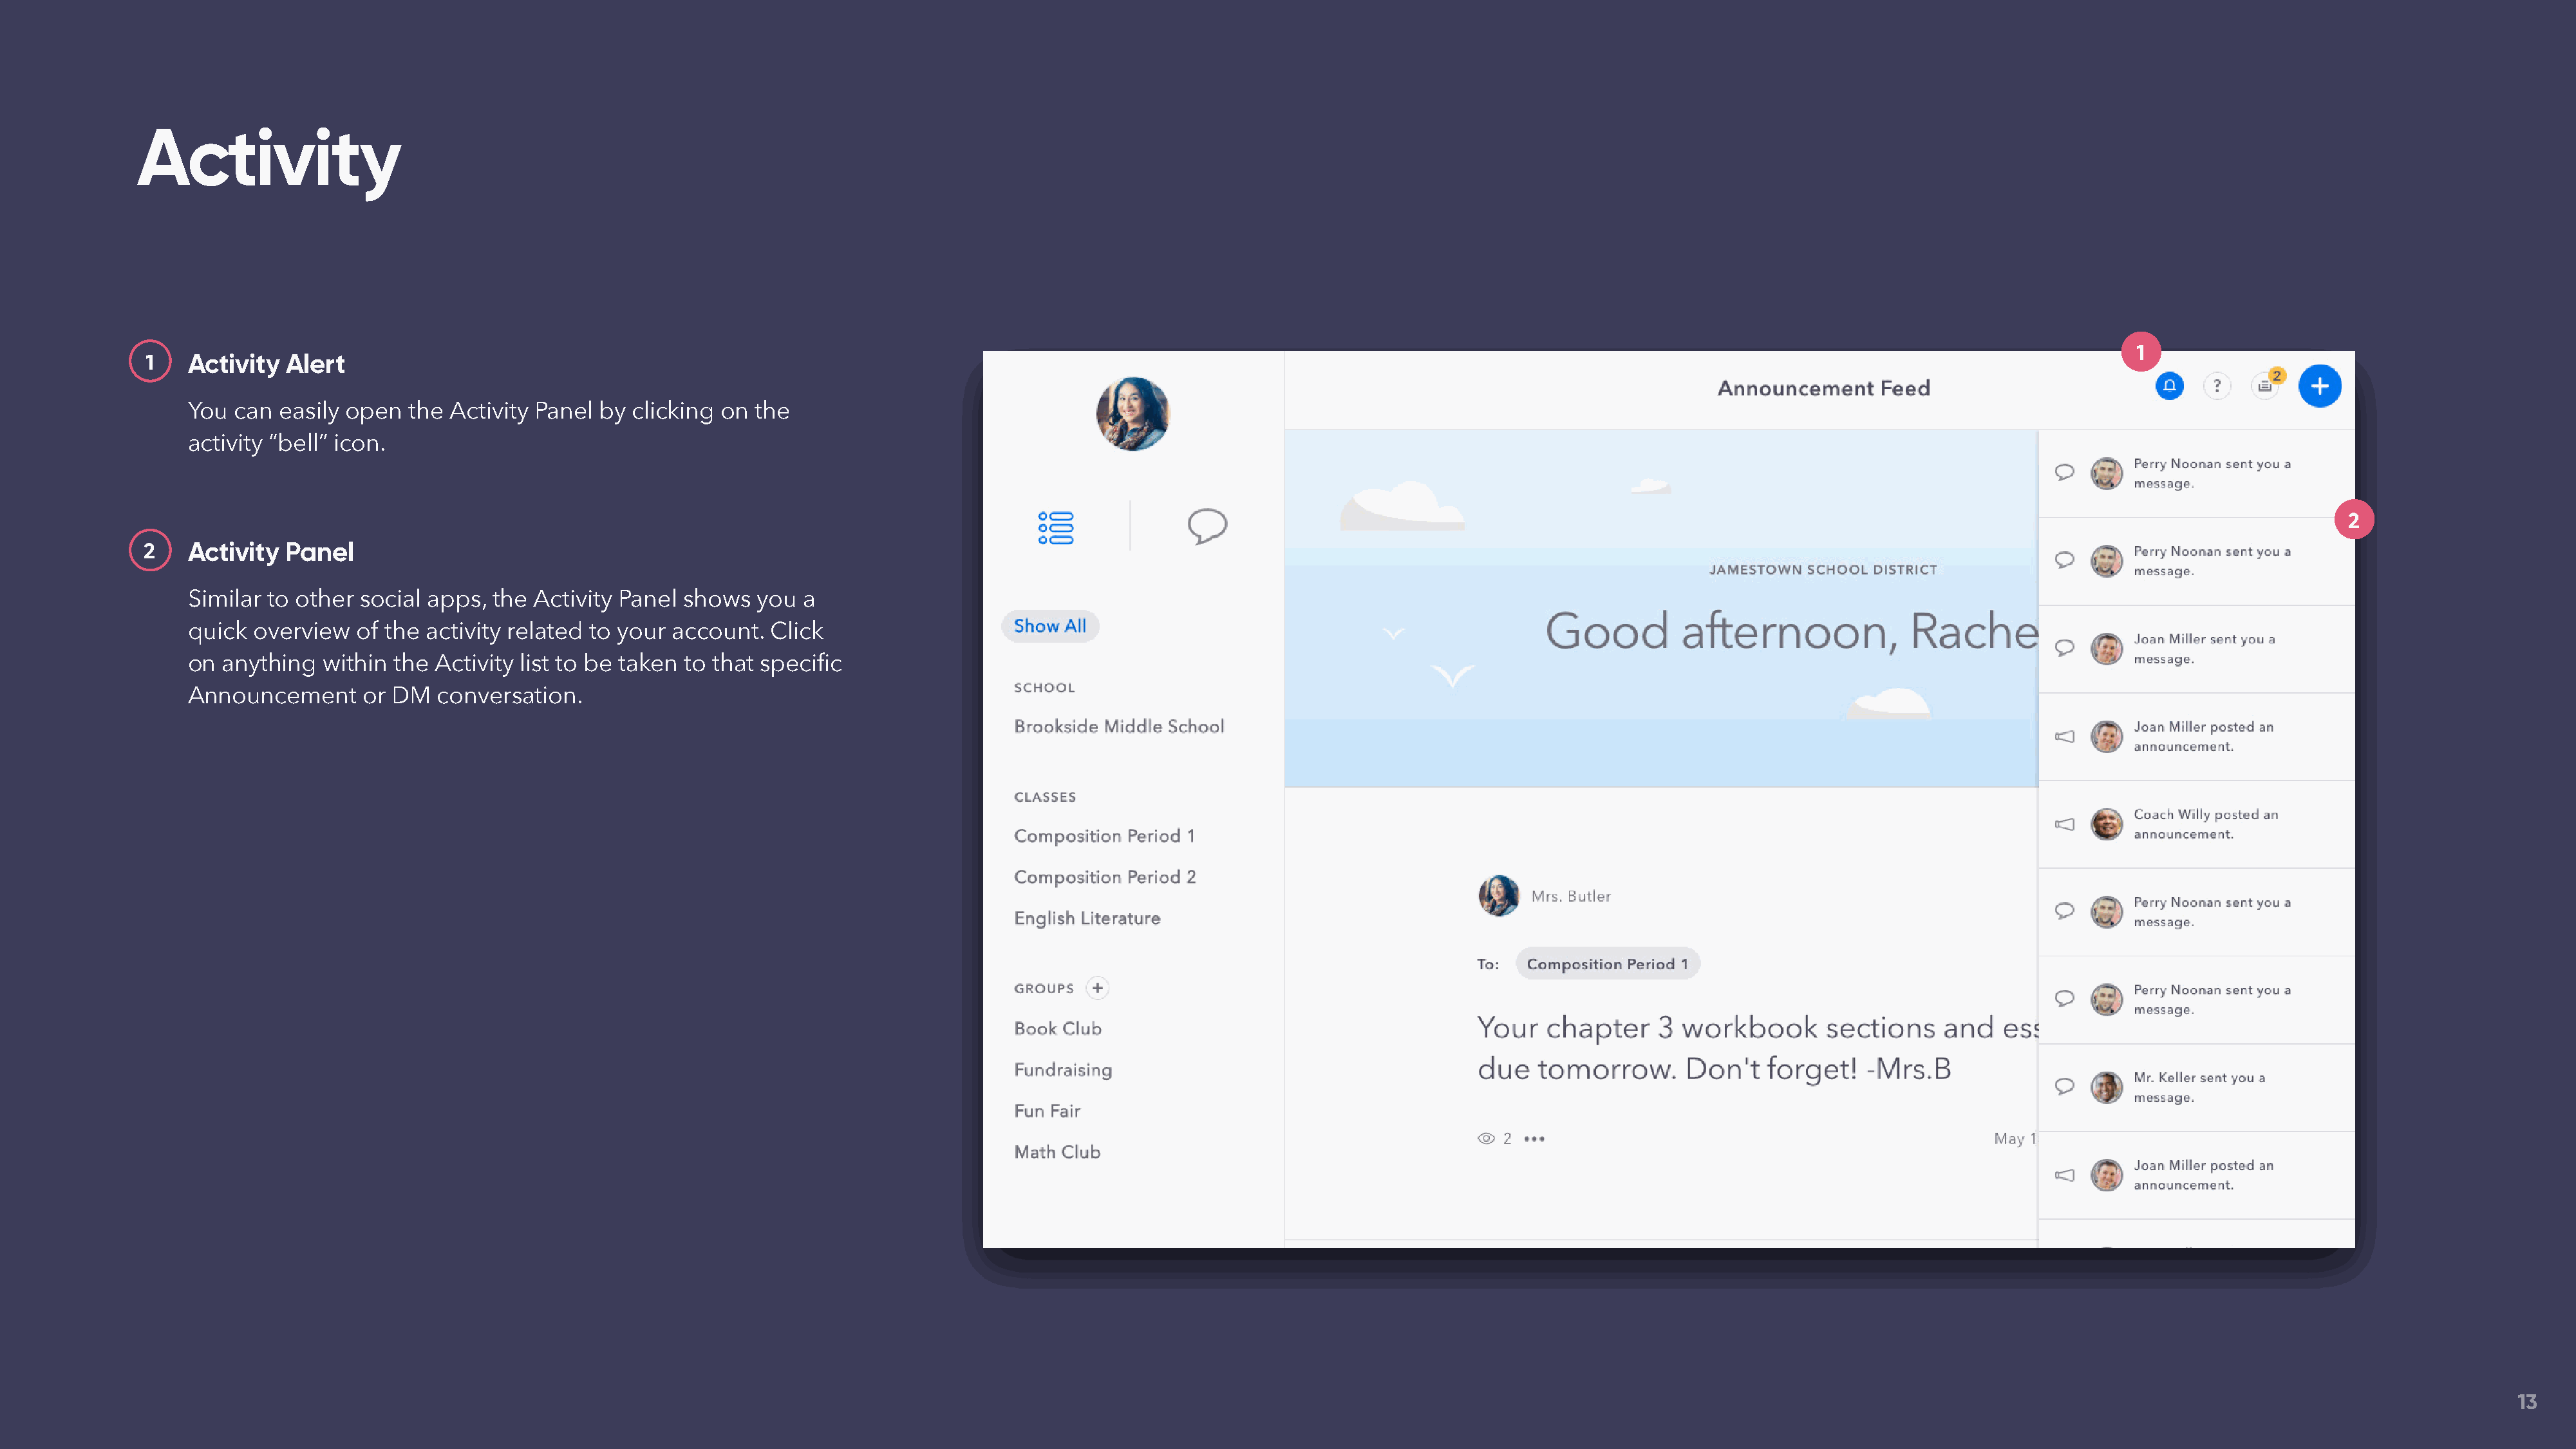
Activity
 1
 1   Activity  Alert
 You  can  easily open  the Activity Panel  by clicking on  the
 activity “bell” icon.
 2
 2   Activity  Panel
 Similar  to other social apps,  the Activity Panel shows   you  a
 quick  overview   of the activity related to your account.  Click
 on  anything  within  the Activity list to be taken to that specific
 Announcement      or DM   conversation.
 13